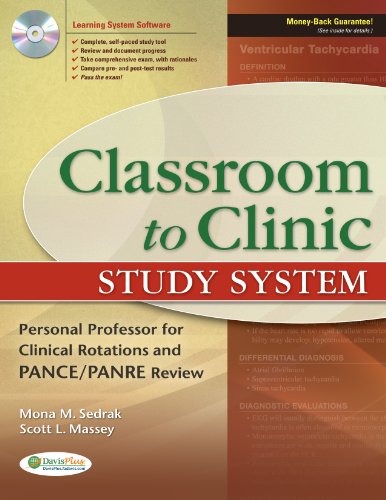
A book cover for Classroom to Clinic Study System: Personal Professor for Clinical Rotations and PANCE/PANRE Review; Mona Sedrak PhD  PA-C; Medical Books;